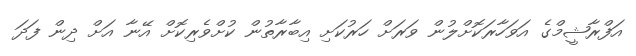
އަފްރާޝީމްގެ އަވަހާރަކޮށްލުން ވަރަށް ހަރުކަށި އިބާރާތުން ކުށްވެރިކޮށް އޭނާ އަށް ދިން ފަދަ